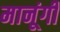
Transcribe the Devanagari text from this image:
मानूंगी